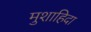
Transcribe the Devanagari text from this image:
मुशाहिदा